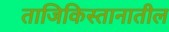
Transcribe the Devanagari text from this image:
ताजिकिस्तानातील